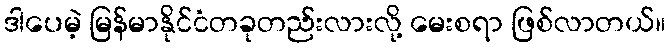
ဒါပေမဲ့ မြန်မာနိုင်ငံတခုတည်းလားလို့ မေးစရာ ဖြစ်လာတယ်။